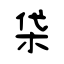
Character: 柋